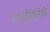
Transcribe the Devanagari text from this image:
वस्तुनिष्ठतेची